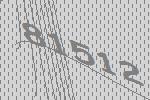
81512